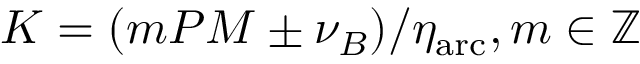
K = ( m P M \pm \nu _ { B } ) / \eta _ { \mathrm { a r c } } , m \in \mathbb { Z }